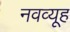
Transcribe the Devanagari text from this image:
नवव्यूह